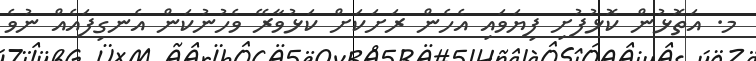
މ. އަތޮޅުން ކޮޅުފުށި ފިޔަވައި އެހެން ރަށަކަށް ކަޅުވާރޭ ވެހުނުކަން އެނގިފައެއް ނުވެ